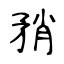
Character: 矟